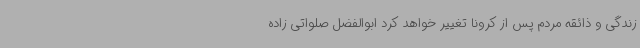
زندگی و ذائقه مردم پس از کرونا تغییر خواهد کرد ابوالفضل صلواتی زاده